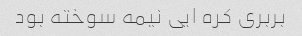
بربری کره ایی نیمه سوخته بود